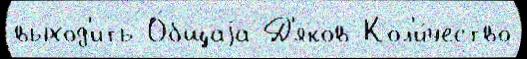
выход'ить О́бщаjа Д'яков Кол'и́чество